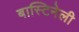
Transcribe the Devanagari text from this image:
बास्टिनेली